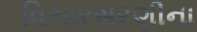
વિચારસરણીના